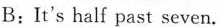
B:It's half past seven.